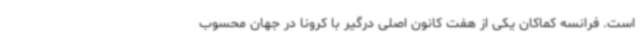
است. فرانسه کماکان یکی از هفت کانون اصلی درگیر با کرونا در جهان محسوب